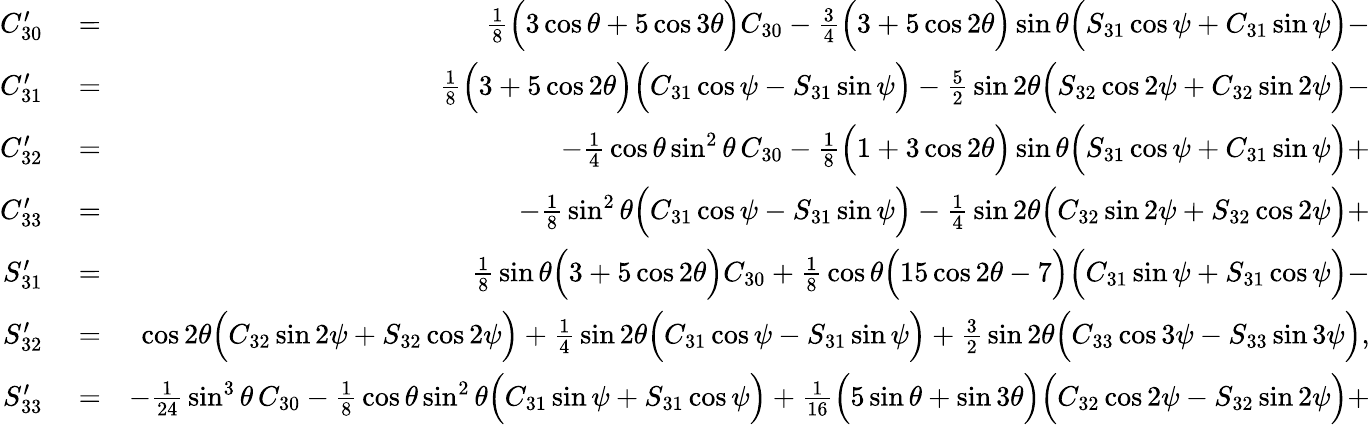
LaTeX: \begin{array}{rlr}{C_{30}^{\prime}}&{{}=}&{{\textstyle\frac{1}{8}}\Big(3\cos\theta+5\cos 3\theta\Big)C_{30}-{\textstyle\frac{3}{4}}\Big(3+5\cos 2\theta\Big)\sin\theta\Big(S_{31}\cos\psi+C_{31}\sin\psi\Big)-}\\ {C_{31}^{\prime}}&{{}=}&{{\textstyle\frac{1}{8}}\Big(3+5\cos 2\theta\Big)\Big(C_{31}\cos\psi-S_{31}\sin\psi\Big)-{\textstyle\frac{5}{2}}\sin 2\theta\Big(S_{32}\cos 2\psi+C_{32}\sin 2\psi\Big)-}\\ {C_{32}^{\prime}}&{{}=}&{-{\textstyle\frac{1}{4}}\cos\theta\sin^{2}\theta\, C_{30}-{\textstyle\frac{1}{8}}\Big(1+3\cos 2\theta\Big)\sin\theta\Big(S_{31}\cos\psi+C_{31}\sin\psi\Big)+}\\ {C_{33}^{\prime}}&{{}=}&{-{\textstyle\frac{1}{8}}\sin^{2}\theta\Big(C_{31}\cos\psi-S_{31}\sin\psi\Big)-{\textstyle\frac{1}{4}}\sin 2\theta\Big(C_{32}\sin 2\psi+S_{32}\cos 2\psi\Big)+}\\ {S_{31}^{\prime}}&{{}=}&{{\textstyle\frac{1}{8}}\sin\theta\Big(3+5\cos 2\theta\Big)C_{30}+{\textstyle\frac{1}{8}}\cos\theta\Big(15\cos 2\theta-7\Big)\Big(C_{31}\sin\psi+S_{31}\cos\psi\Big)-}\\ {S_{32}^{\prime}}&{{}=}&{\cos 2\theta\Big(C_{32}\sin 2\psi+S_{32}\cos 2\psi\Big)+{\textstyle\frac{1}{4}}\sin 2\theta\Big(C_{31}\cos\psi-S_{31}\sin\psi\Big)+{\textstyle\frac{3}{2}}\sin 2\theta\Big(C_{33}\cos 3\psi-S_{33}\sin 3\psi\Big),}\\ {S_{33}^{\prime}}&{{}=}&{-{\textstyle\frac{1}{24}}\sin^{3}\theta\, C_{30}-{\textstyle\frac{1}{8}}\cos\theta\sin^{2}\theta\Big(C_{31}\sin\psi+S_{31}\cos\psi\Big)+{\textstyle\frac{1}{16}}\Big(5\sin\theta+\sin 3\theta\Big)\Big(C_{32}\cos 2\psi-S_{32}\sin 2\psi\Big)+}\end{array}